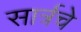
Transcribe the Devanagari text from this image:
सार्त्रचे